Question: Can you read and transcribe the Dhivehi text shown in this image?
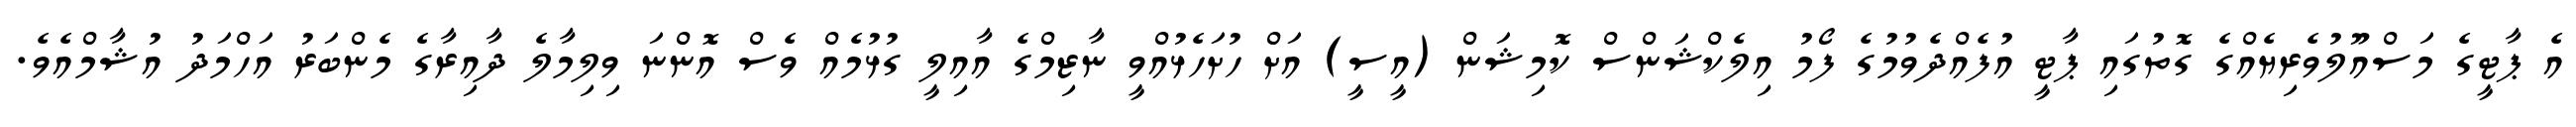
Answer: އެ ޕާޓީގެ މަސްއޫލުވެރިޔެއްގެ ގޮތުގައި ޕާޓީ އުފެއްދެވުމުގެ ފޯމު އިލެކްޝަންސް ކޮމިޝަން (އީސީ) އަށް ހުށަހެޅުއްވީ ނާޒިމްގެ އާއިލީ ގުޅުމެއް ވެސް އޮންނަ ވިލިމާލެ ދާއިރާގެ މެންބަރު އަހްމަދު އުޝާމްއެވެ.